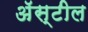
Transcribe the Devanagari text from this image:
अॅस्टील